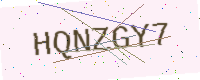
Text: HQNZGY7